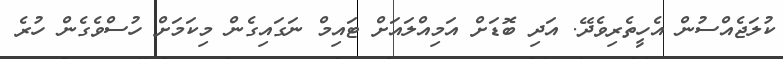
ކުލަޖެއްސުން އެހީތެރިވެދޭ. އަދި ބޮޑަށް އަމިއްލައަށް ޓައިމް ނަގައިގެން މިކަމަށް ހުސްވެގެން ހުރެ